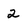
Character: 2